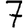
Digit: 7